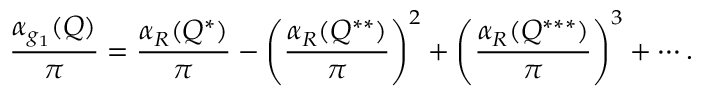
{ \frac { \alpha _ { g _ { 1 } } ( Q ) } { \pi } } = { \frac { \alpha _ { R } ( Q ^ { * } ) } { \pi } } - \left( { \frac { \alpha _ { R } ( Q ^ { * * } ) } { \pi } } \right) ^ { 2 } + \left( { \frac { \alpha _ { R } ( Q ^ { * * * } ) } { \pi } } \right) ^ { 3 } + \cdots .